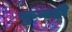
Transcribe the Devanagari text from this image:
कुनही